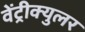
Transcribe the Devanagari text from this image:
वेंट्रीक्युलर